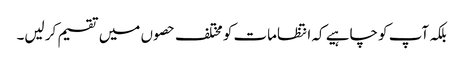
بلکہ آپ کو چاہیے کہ انتظامات کو مختلف حصو ں میں تقسیم کر لیں۔